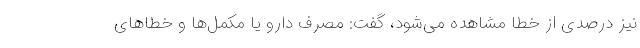
نیز درصدی از خطا مشاهده می‌شود، گفت: مصرف دارو یا مکمل‌ها و خطاهای